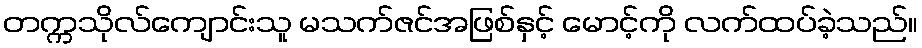
တက္ကသိုလ်ကျောင်းသူ မသက်ဇင်အဖြစ်နှင့် မောင့်ကို လက်ထပ်ခဲ့သည်။